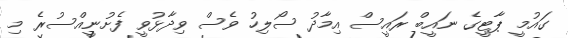
ގައުމީ ޕާޓީގެ ނައީބް ރައީސް އިމާދު ސޯލިހު ވެސް ވިދާޅުވީ ފެށުނީއްސުރެ މި